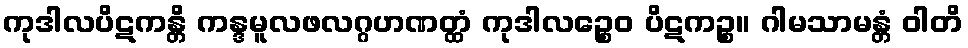
ကုဒါလပိဋကန္တိ ကန္ဒမူလဖလဂ္ဂဟဏတ္ထံ ကုဒါလဉ္စေဝ ပိဋကဉ္စ။ ဂါမသာမန္တံ ဝါတိ